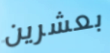
بعشرين